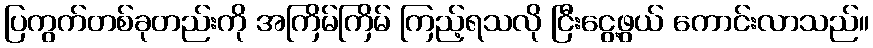
ပြကွက်တစ်ခုတည်းကို အကြိမ်ကြိမ် ကြည့်ရသလို ငြီးငွေ့ဖွယ် ကောင်းလာသည်။